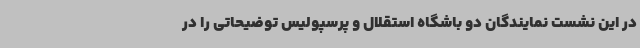
در این نشست نمایندگان دو باشگاه استقلال و پرسپولیس توضیحاتی را در